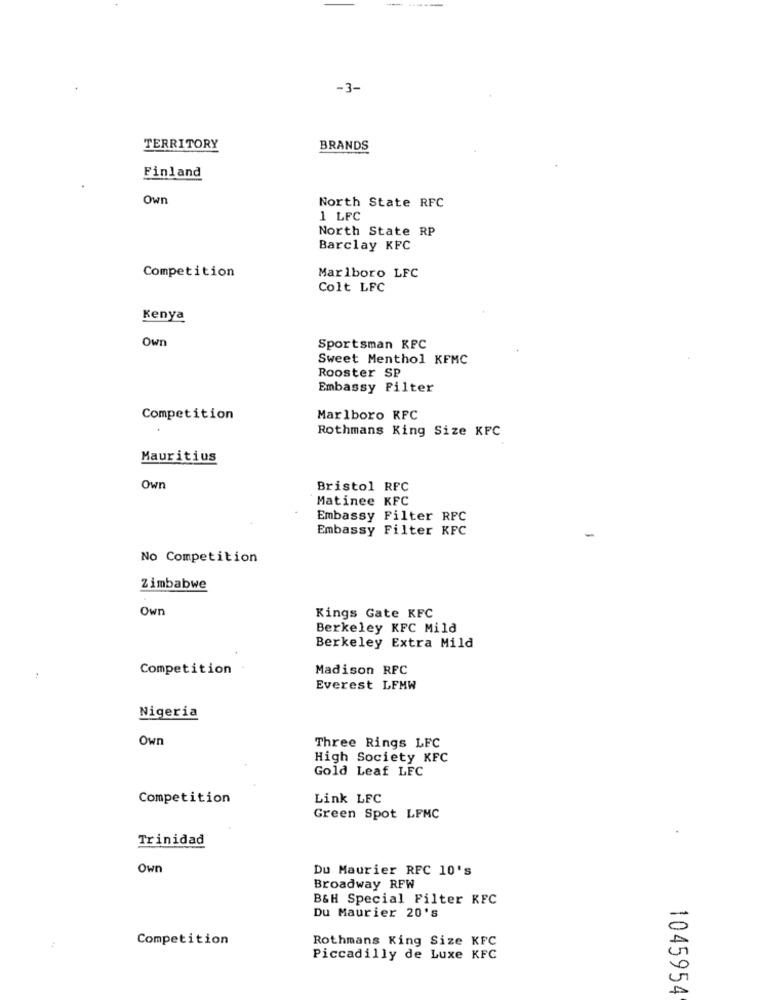
-3-
TERRITORY
BRANDS
Finland
Own
North State RFC
1 LFC
North State RP
Barclay KFC
Competition
Marlboro LFC
Colt LFC
Kenya
Own
Sportsman KPC
Sweet Menthol KFMC
Rooster SP
Embassy Filter
Competition
Marlboro KFC
Rothmans King Size KFC
Mauritius
Own
Bristol RFC
Matinee KFC
Embassy Filter RFC
Embassy Filter KFC
No Competition
Zimbabwe
Own
Kings Gate KFC
Berkeley KFC Mild
Berkeley Extra Mild
Competition
Madison RFC
Everest LFMW
Nigeria
Own
Three Rings LFC
High Society KFC
Gold Leaf LFC
Competition
Link LFC
Green Spot LFMC
Trinidad
Own
Du Maurier RFC 10's
Broadway RFW
B&H Special Filter KFC
Du Maurier 20's
Competition
Rothmans King Size KFC
Piccadilly de Luxe KFC
1045954